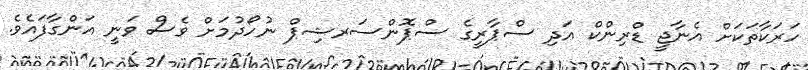
ހަރަކާތަކަށް އެނާޖީ ޑްރިންކް އަދި ސްޕާރީގެ ސްޕޮންސަރޝިޕް ނުހޯދުމަށް ވެސް ވަނީ އަންގާފައެވެ.